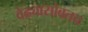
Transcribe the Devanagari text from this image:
वेढ्यासोबतच